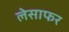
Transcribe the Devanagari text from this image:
लेसाफर